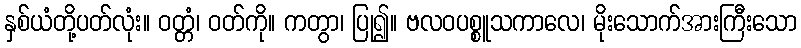
နှစ်ယံတို့ပတ်လုံး။ ဝတ္တံ၊ ဝတ်ကို။ ကတွာ၊ ပြု၍။ ဗလဝပစ္စူသကာလေ၊ မိုးသောက်အားကြီးသော